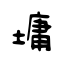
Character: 墉